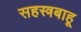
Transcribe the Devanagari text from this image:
सहस्त्रबाहू